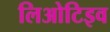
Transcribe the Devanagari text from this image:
लिओटिइव